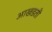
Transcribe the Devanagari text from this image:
आखडती